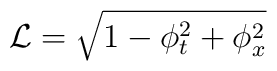
\mathcal{L}=\sqrt{1-\phi _{t}^{2}+\phi _{x}^{2}}